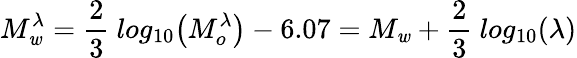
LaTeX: M_{\mathit{w}}^{\lambda}=\frac{{2}}{{3}}~log_{10}\big(M_{o}^{\lambda}\big)-6.07=M_{\mathit{w}}+\frac{{2}}{{3}}~log_{10}(\lambda)